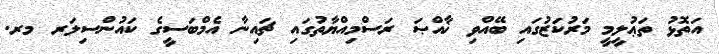
އަތޮޅު ތަޢުލީމީ މަރުކަޒުގައި ބޭއްވި ޚާއްޞަ ރަސްމިއްޔާތުގައި ޗައިނާ އެމްބަސީގެ ކައުންސިލަރ މރ.